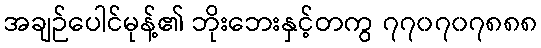
အချဉ်ပေါင်မုန့်၏ ဘိုးဘေးနှင့်တကွ ၇၇၀၇၀၇၈၈၈